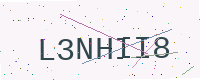
Text: L3NHII8